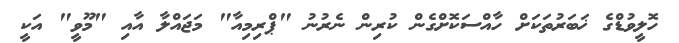
ހޮލީވުޑްގެ ޚަބަރުތަކަށް ހާއްސަކޮށްގެން ކުރިން ނެރުނު "ޕްރިމިއާ" މަޖައްލާ އާއި "މޫވީ" އަކީ